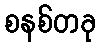
စနစ်တခု